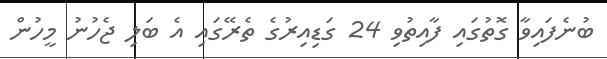
ބުނެފައިވާ ގޮތުގައި ފާއިތުވި 24 ގަޑިއިރުގެ ތެރޭގައި އެ ބަލި ޖެހުނު މީހުން